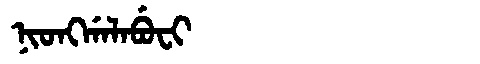
Manchu: ᠨᡳᠣᠩᡤᠠᠯᠠᠪᡠᠸᡳ
Romanization: NIONGGALABUFI